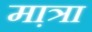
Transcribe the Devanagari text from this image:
मा़त्रा